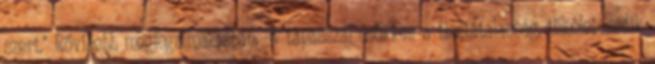
szert." Rövidebb megfogalmazásban: "A tapasszal csökken a tisztátalanság, tökéletesedik